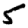
Digit: 5